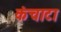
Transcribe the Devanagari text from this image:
कंचाटा